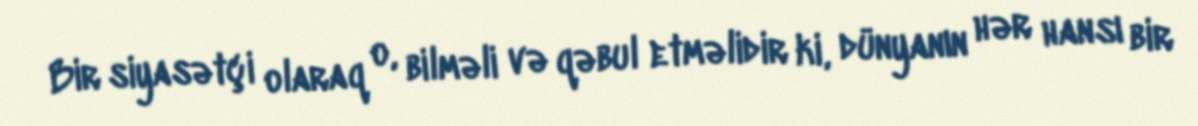
Bir siyasətçi olaraq o, bilməli və qəbul etməlidir ki, dünyanın hər hansı bir